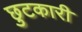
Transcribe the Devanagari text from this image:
छुटकारी